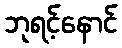
ဘုရင့်နောင်